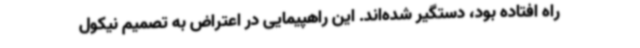
راه افتاده بود، دستگیر شده‌اند. این راهپیمایی در اعتراض به تصمیم نیکول